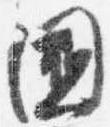
国